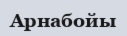
Арнабойы